Report of the Hyderabad Chloroform Commission
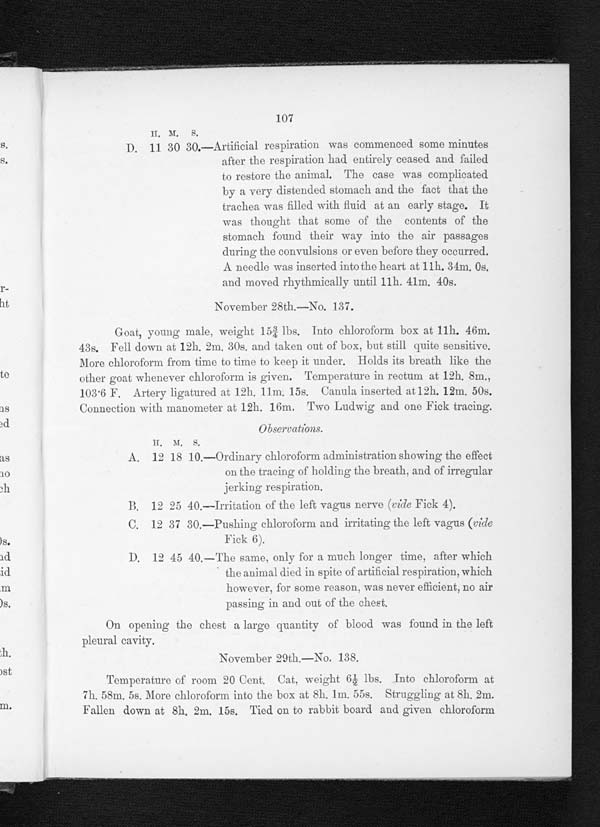
107
H . M . S .
D. 11 30 30.—Artificial respiration was commenced some minutes
after the respiration had entirely ceased and failed
to restore the animal. The case was complicated
b y a
v e r y d i s t e n d e d s t o m a c h a n d t h e f a c t t h a t t h e t r a c h e a w a s f i l l e d w i t h f l u i d a t a n e a r l y s t a g e . I t
was thought that some of the contents of the
stomach found their way into the air passages
during the convulsions or even before they occurred.
A needle was inserted into the heart at 11h. 34m. 0s.
and moved. rhythmically until. 11h. 41m. 40s.
November 28th.—No. 137.
Goat, young male. weight 15 3/4 lbs. Into chloroform box at 11h. 46m.
43s. Fell down at 12h. 2m. 30s. and taken out of box, but still quite sensitive.
More chloroform from time to time to keep it under. Holds its breath like the
other goat whenever chloroform is given. Temperature in rectum at 12h. 8m.,
103.6 F. Artery ligatured at 12h. 11m. 15s. Canula inserted at 12h. 12m. 50s.
Connection with manometer at 12h. 16m. Two Ludwig and one Fick tracing.
O b s e r v a t i o n s .
H . M . S .
A. 12 18 10.—Ordinary chloroform administration showing the effect
on the tracing of holding the breath, and of irregular
jerking respiration.
B . 1 2 2 5 4 0 .
— I r r i t a t i o n o f t h e l e f t v a g u s n e r v e (v
i d e
F i c k 4 )
C . 1 2 3 7 3 0 .
— P
u s h i n g c h l o r o f o r m a n d i r r i t a t i n g t h e l e f t v a g u s(
v i d e
Fick 6).
D . 1 2 4 5 4 0 .
— The same, onl y for a much l onger t i me, aft er whi ch
the animal died in spite of artificial respiration, which
however, for some reason, was never efficient, no air
passing in and out of the chest.
On opening the chest a large quantity of blood was found in the left
pleural cavity.
November 20th.—No. 138.
Temperature of room 20 Cent. Cat, weight 6 1/2 lbs. Into chloroform at
7h. 58m, 5s. More chloroform into the box at 8h. 1m. 55s. Struggling at 8h. 2m.
Fallen down at 8h. 2m. 15s. Tied on to rabbit board and given chloroform